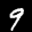
Label: 9